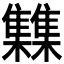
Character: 𮦂